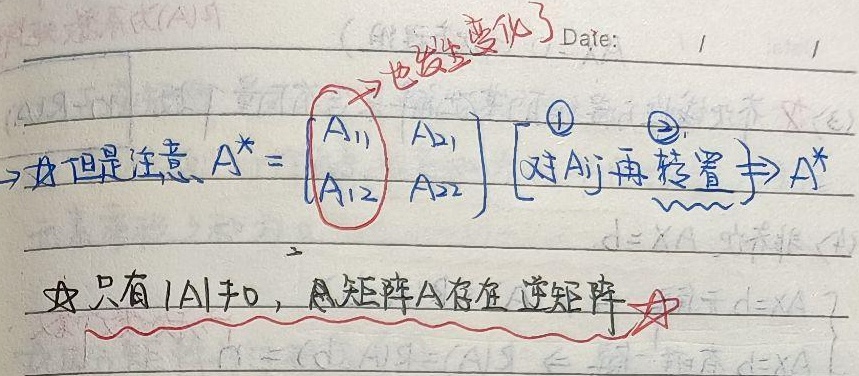
Date:  /  /
☆但是注意 \(A^{*}=\begin{bmatrix}A_{11}&A_{21}\\A_{12}&A_{22}\end{bmatrix}\) [对\(A_{ij}\)再转置\(\Rightarrow A^{*}\)]
☆只有\(\vert A\vert\neq0\)，矩阵\(A\)存在逆矩阵 ☆